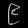
Digit: ၉